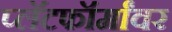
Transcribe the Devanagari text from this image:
प्लॅटफॉर्मांवर